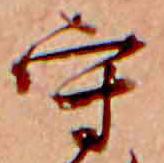
守